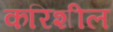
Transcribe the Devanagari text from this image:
करिशील